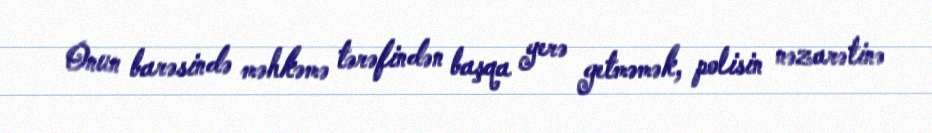
Onun barəsində məhkəmə tərəfindən başqa yerə getməmək, polisin nəzarətinə